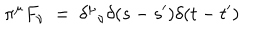
LaTeX: \pi ^ { \mu } F _ { \nu } ~ = ~ { \delta ^ { \mu } } _ { \nu } \delta ( s - s ^ { \prime } ) \delta ( t - t ^ { \prime } )